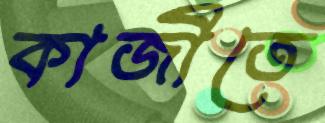
কাজীতে